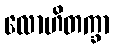
လောဟိတက္ခာ